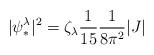
LaTeX: \begin{align*} |\psi^{\lambda}_{\ast}|^2 = \zeta_{\lambda} \frac{1}{15} \frac{1}{8\pi^2} |J|\end{align*}